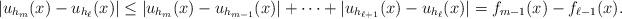
LaTeX: \begin{align*}|u_{h_m}(x)-u_{h_\ell}(x)|\le|u_{h_m}(x)-u_{h_{m-1}}(x)|+\dots+|u_{h_{\ell+1}}(x)-u_{h_\ell}(x)|=f_{m-1}(x)-f_{\ell-1}(x).\end{align*}